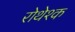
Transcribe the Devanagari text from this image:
रोथेश्क